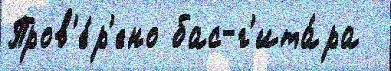
Пров'е́р'ено бас-г'ита́ра